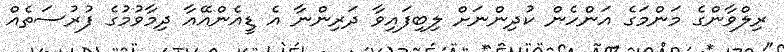
ރިލްވާންގެ މަންމަގެ އަންހެން ކުދިންނަށް ލިބިފައިވާ ދަރިންނާ އެ ޑީއެންއޭއާ ދިމާވުމުގެ ފުރުސަތެއް